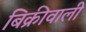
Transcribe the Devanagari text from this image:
बिक्रीवाली